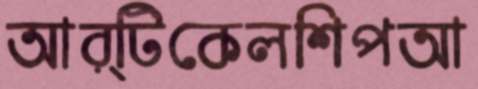
আর্টিকেলশিপআ